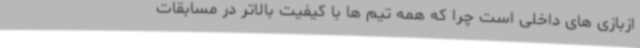
ازبازی های داخلی است چرا که همه تیم ها با کیفیت بالاتر در مسابقات